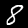
Label: 8